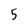
Character: 5